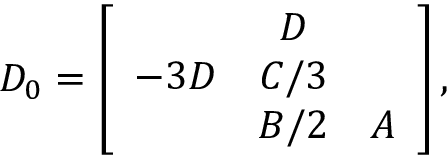
D _ { 0 } = \left[ \begin{array} { c c c } { { } } & { { D } } & { { } } \\ { { - 3 D } } & { { C / 3 } } & { { } } \\ { { } } & { { B / 2 } } & { { A } } \end{array} \right] ,